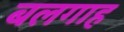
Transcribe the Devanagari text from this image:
बलगाह